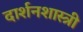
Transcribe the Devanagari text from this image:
दार्शनशास्त्री